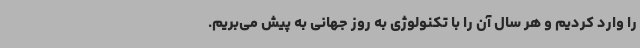
را وارد کردیم و هر سال آن را با تکنولوژی به روز جهانی به پیش می‌بریم.